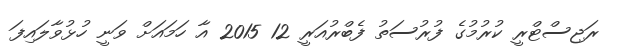
ރަޖިސްޓްރީ ކުރުމުގެ ފުރުސަތު ފެބްރުއަރީ 12 2015 އާ ހަމައަށް ވަނީ ހުޅުވާލައިފަ